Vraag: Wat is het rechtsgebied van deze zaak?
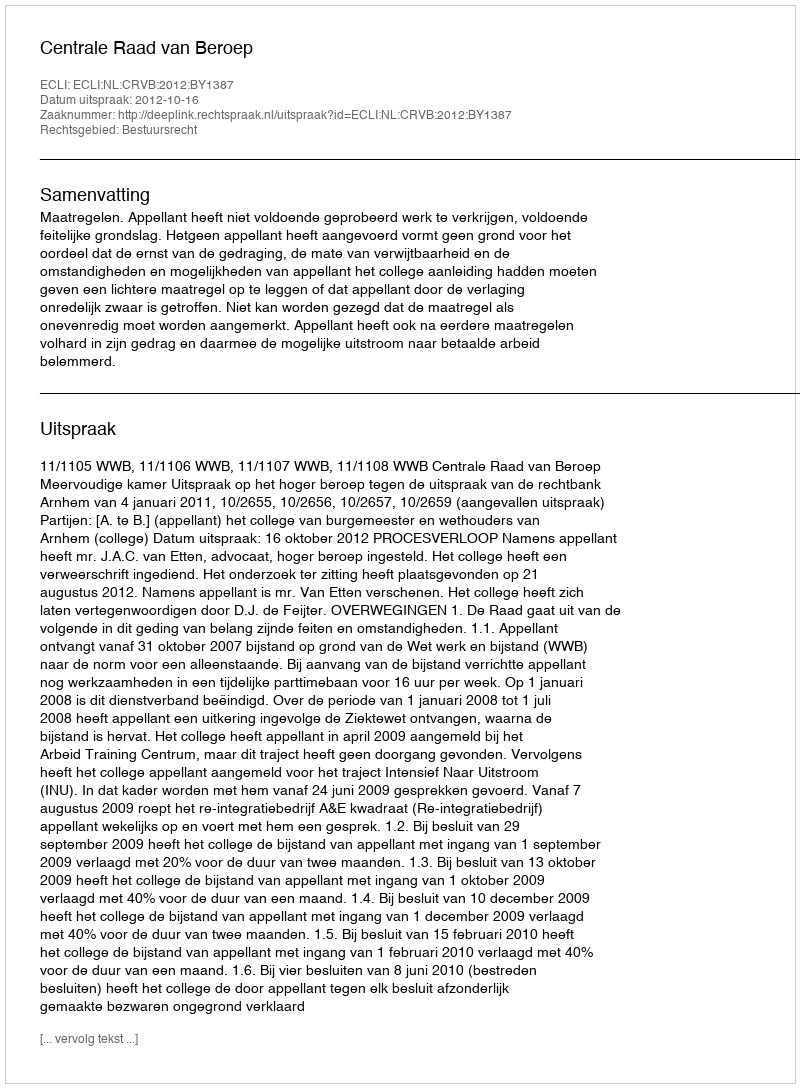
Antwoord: Bestuursrecht